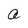
Character: a